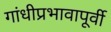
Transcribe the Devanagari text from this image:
गांधीप्रभावापूर्वी